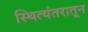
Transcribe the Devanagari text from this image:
स्थित्यंतरातून